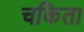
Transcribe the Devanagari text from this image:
चकिता